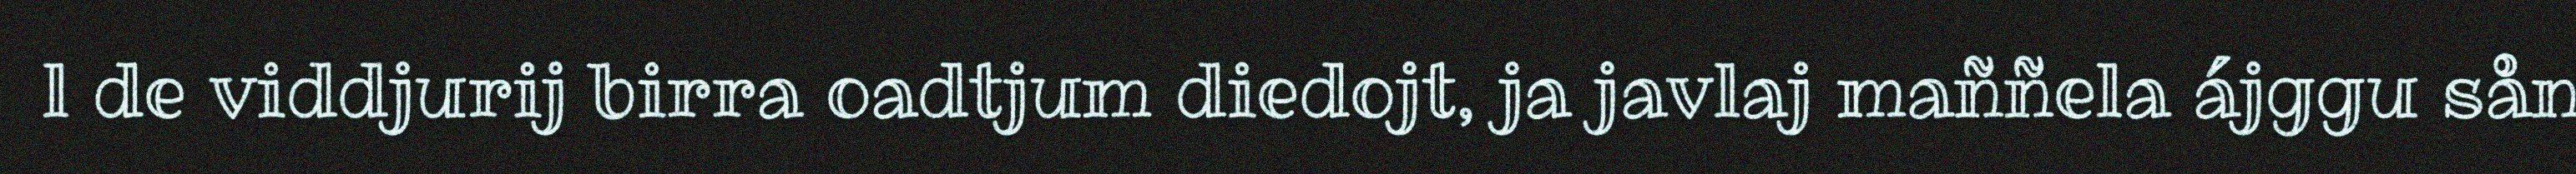
l de viddjurij birra oadtjum diedojt, ja javlaj maññela ájggu sån